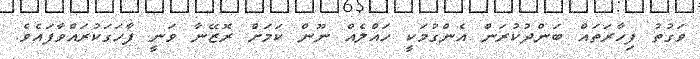
ވަގުތު ފިހާރަތައް ބަންދުކުރަން އެންގުމަކީ ހައްލެއް ނޫން ކަމަށް ރޮޒޭނާ ވަނީ ފާހަގަކުރައްވާފައެވެ.